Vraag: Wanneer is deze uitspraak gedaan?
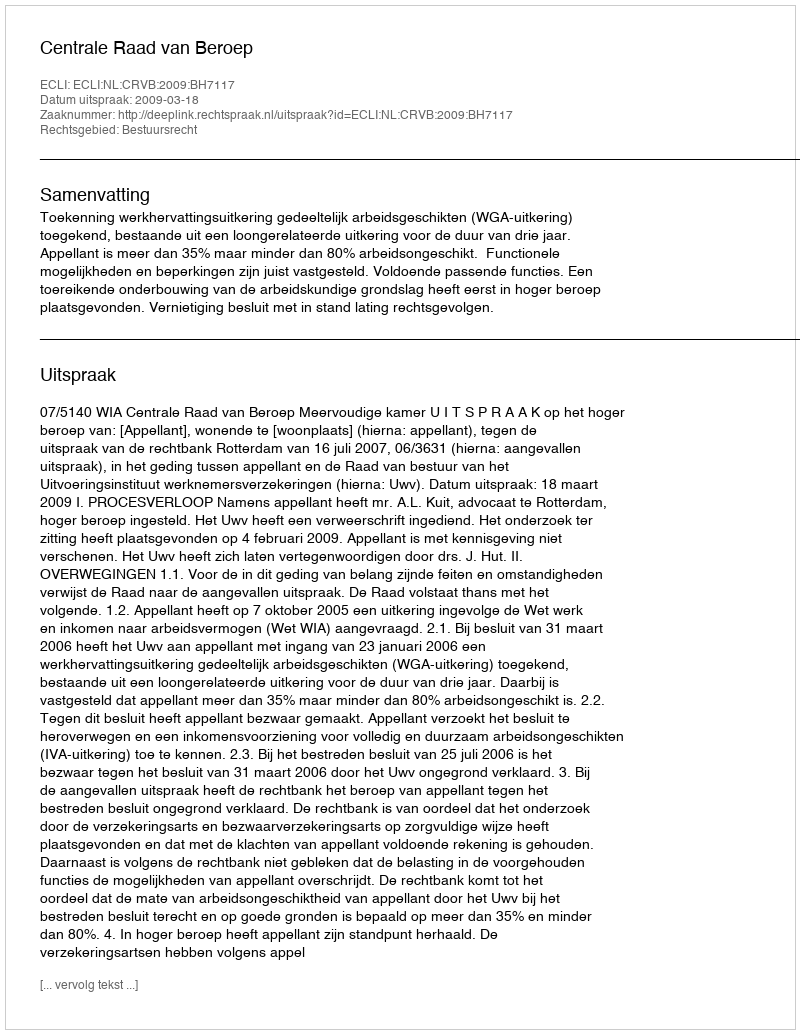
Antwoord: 2009-03-18